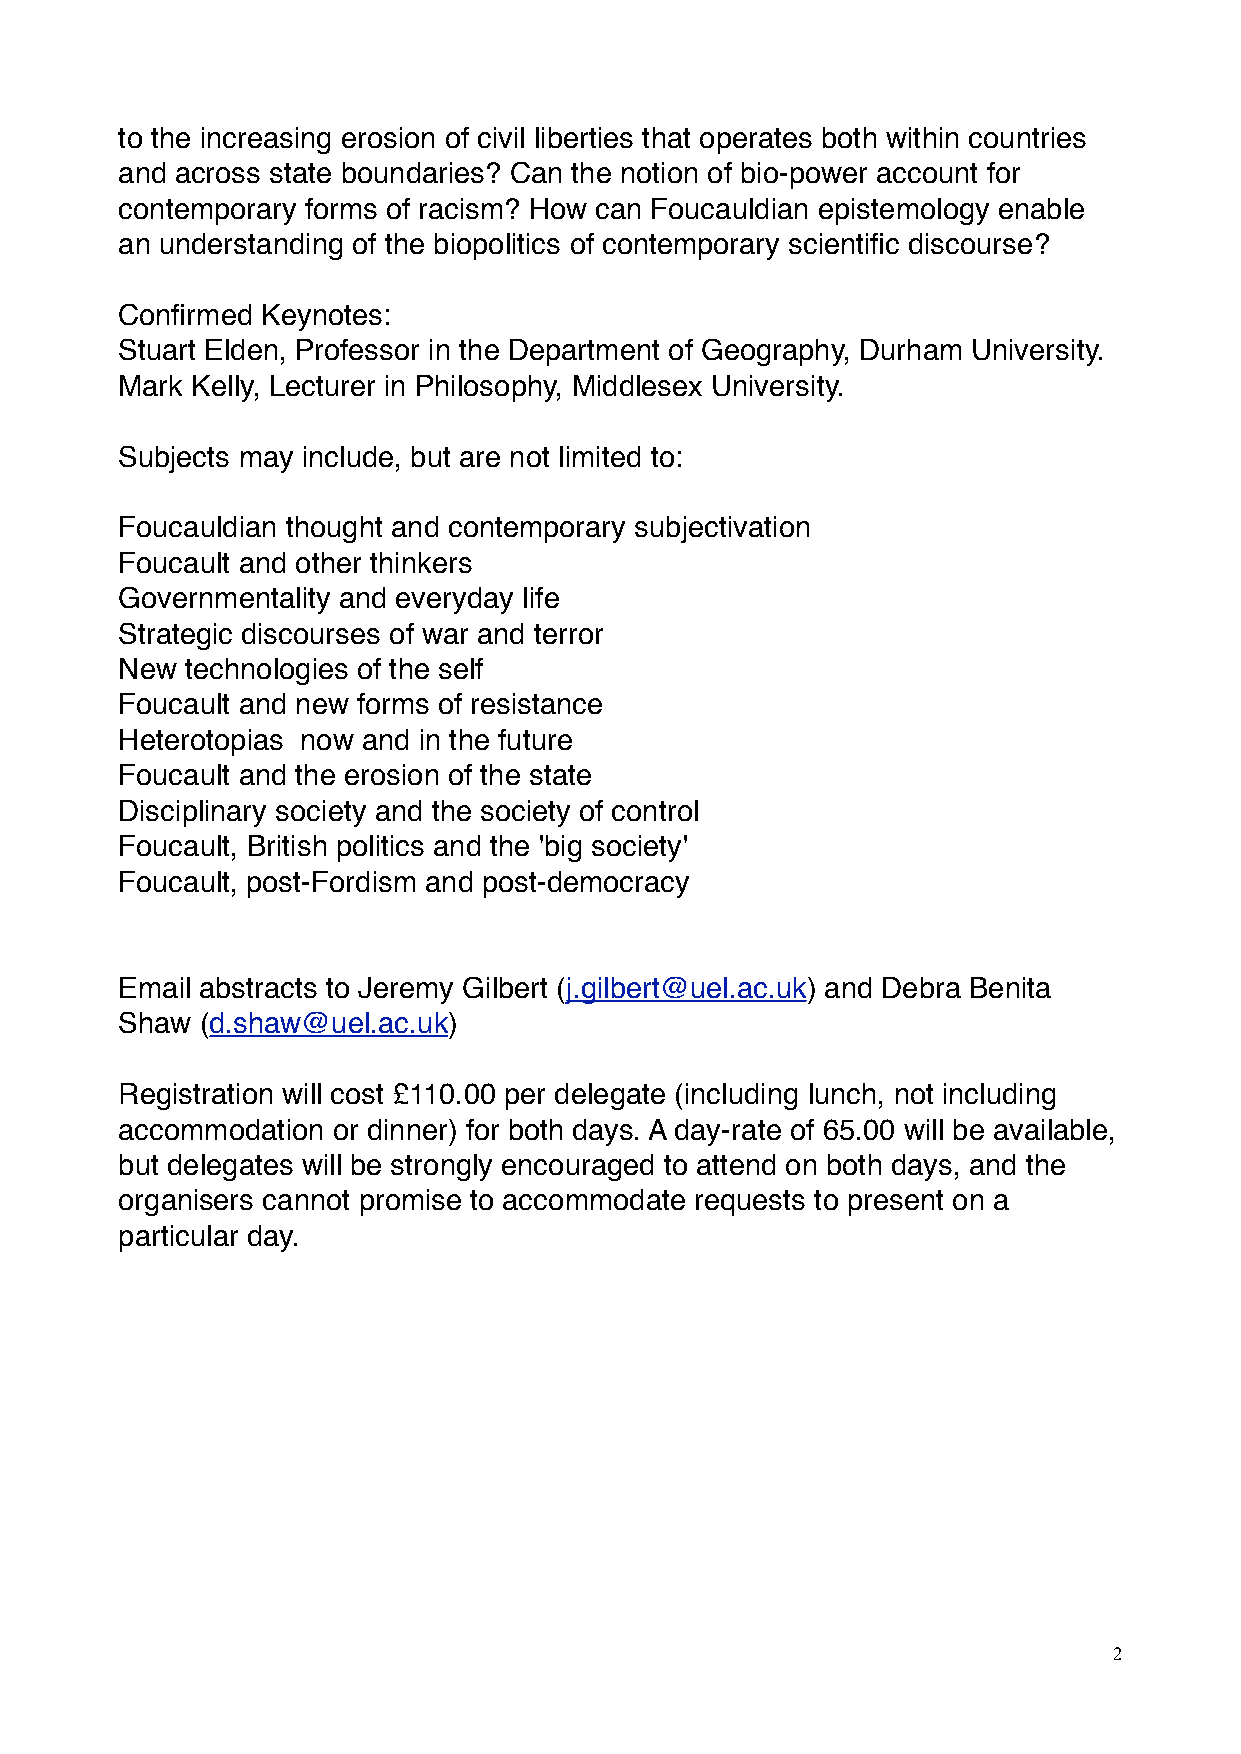
to the increasing erosion of civil liberties that operates both within countries
 and across state boundaries? Can the notion of bio-power account for
 contemporary forms of racism? How can Foucauldian epistemology enable
 an understanding of the biopolitics of contemporary scientific discourse?
 Confirmed Keynotes:
 Stuart Elden, Professor in the Department of Geography, Durham University.
 Mark Kelly, Lecturer in Philosophy, Middlesex University.
 Subjects may include, but are not limited to:
 Foucauldian thought and contemporary subjectivation
 Foucault and other thinkers
 Governmentality and everyday life
 Strategic discourses of war and terror
 New technologies of the self
 Foucault and new forms of resistance
 Heterotopias now and in the future
 Foucault and the erosion of the state
 Disciplinary society and the society of control
 Foucault, British politics and the 'big society'
 Foucault, post-Fordism and post-democracy
 Email abstracts to Jeremy Gilbert (j.gilbert@uel.ac.uk) and Debra Benita
 Shaw (d.shaw@uel.ac.uk)
 Registration will cost £110.00 per delegate (including lunch, not including
 accommodation or dinner) for both days. A day-rate of 65.00 will be available,
 but delegates will be strongly encouraged to attend on both days, and the
 organisers cannot promise to accommodate requests to present on a
 particular day.
 2